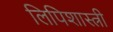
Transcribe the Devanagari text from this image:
लिपिशास्त्री